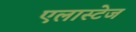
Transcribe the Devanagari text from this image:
एलास्टेज